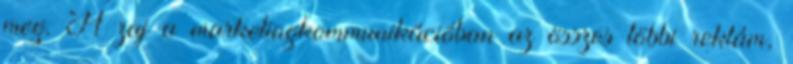
meg. A zaj a marketingkommunikációban az összes többi reklám,